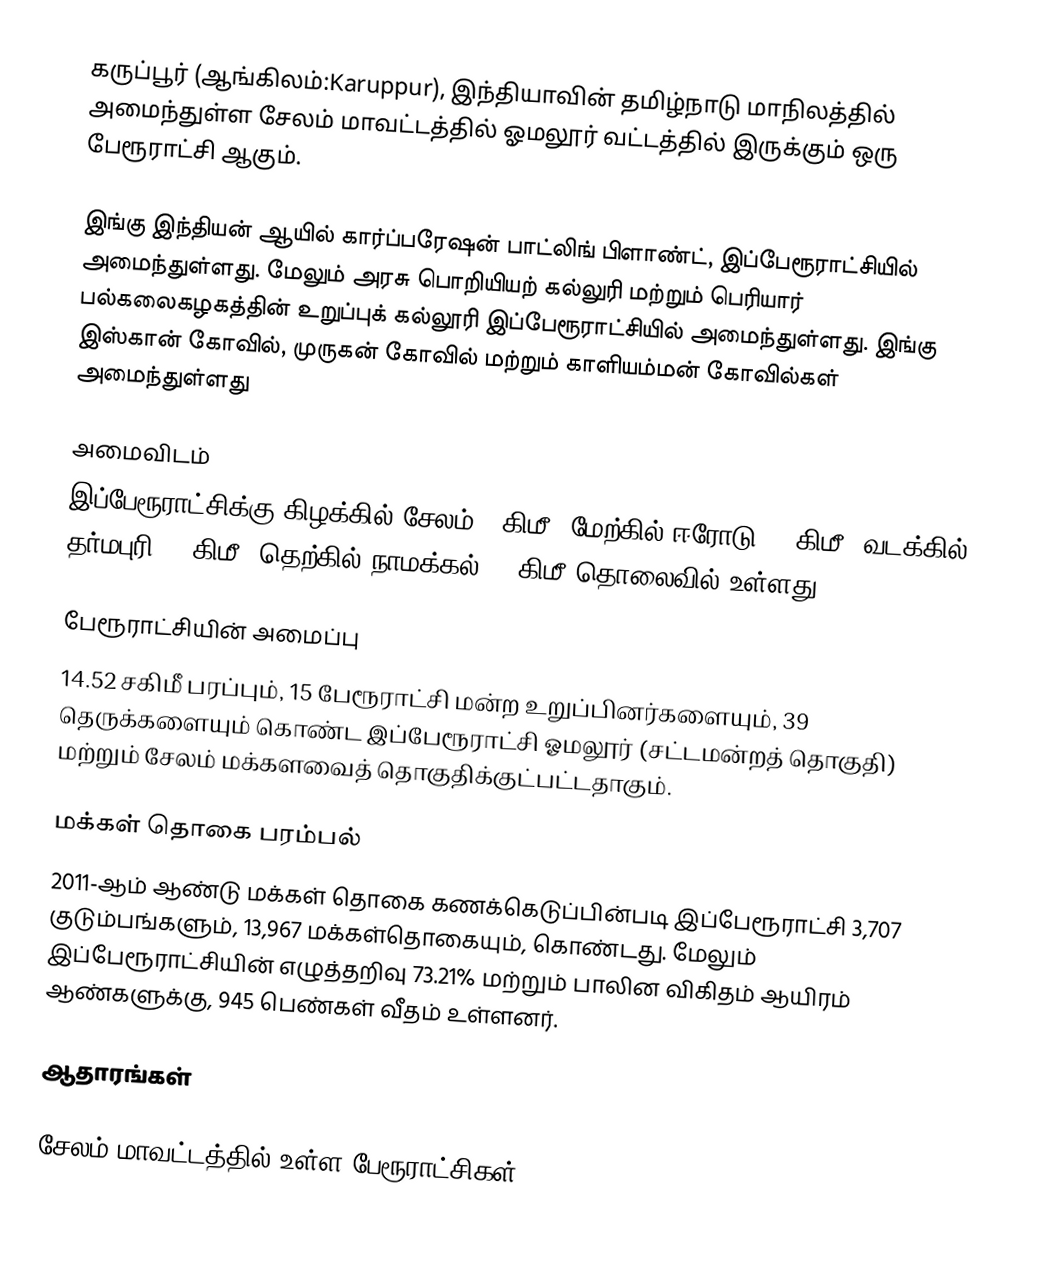
கருப்பூர் (ஆங்கிலம்:Karuppur), இந்தியாவின் தமிழ்நாடு மாநிலத்தில் அமைந்துள்ள சேலம் மாவட்டத்தில் ஓமலூர் வட்டத்தில் இருக்கும் ஒரு பேரூராட்சி ஆகும்.

இங்கு இந்தியன் ஆயில் கார்ப்பரேஷன் பாட்லிங் பிளாண்ட், இப்பேரூராட்சியில் அமைந்துள்ளது. மேலும் அரசு பொறியியற் கல்லுரி மற்றும் பெரியார் பல்கலைகழகத்தின் உறுப்புக் கல்லூரி இப்பேரூராட்சியில் அமைந்துள்ளது. இங்கு இஸ்கான் கோவில், முருகன் கோவில் மற்றும் காளியம்மன் கோவில்கள் அமைந்துள்ளது

அமைவிடம்
இப்பேரூராட்சிக்கு கிழக்கில் சேலம் 8 கிமீ; மேற்கில் ஈரோடு 45 கிமீ; வடக்கில் தர்மபுரி 56 கிமீ; தெற்கில் நாமக்கல் 56 கிமீ தொலைவில் உள்ளது.

பேரூராட்சியின் அமைப்பு
14.52 சகிமீ பரப்பும், 15 பேரூராட்சி மன்ற உறுப்பினர்களையும், 39 தெருக்களையும்  கொண்ட இப்பேரூராட்சி ஓமலூர் (சட்டமன்றத் தொகுதி) மற்றும் சேலம் மக்களவைத் தொகுதிக்குட்பட்டதாகும்.

மக்கள் தொகை பரம்பல்
2011-ஆம் ஆண்டு மக்கள் தொகை கணக்கெடுப்பின்படி  இப்பேரூராட்சி  3,707  குடும்பங்களும், 13,967 மக்கள்தொகையும், கொண்டது. மேலும் இப்பேரூராட்சியின் எழுத்தறிவு  73.21%    மற்றும்  பாலின விகிதம் ஆயிரம் ஆண்களுக்கு, 945 பெண்கள் வீதம் உள்ளனர்.

ஆதாரங்கள்

சேலம் மாவட்டத்தில் உள்ள பேரூராட்சிகள்